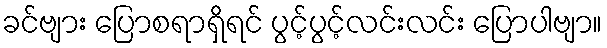
ခင်ဗျား ပြောစရာရှိရင် ပွင့်ပွင့်လင်းလင်း ပြောပါဗျာ။